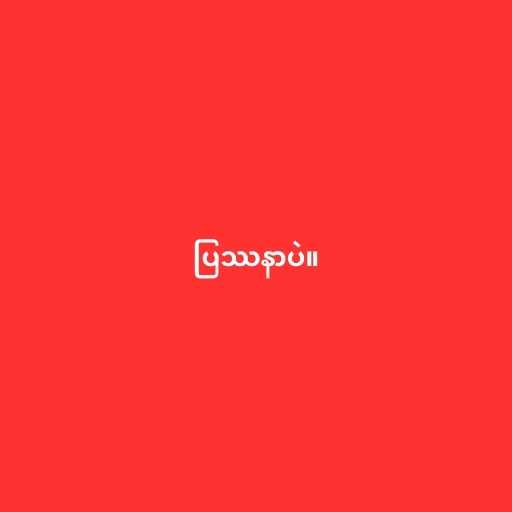
ပြဿနာပဲ။